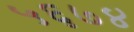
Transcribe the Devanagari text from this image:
५६७४